Report on sanitation, dispensaries, and jails in Rajputana for 1918, and on vaccination for the year 1918-1919 - 1918-1919
Year: 1918
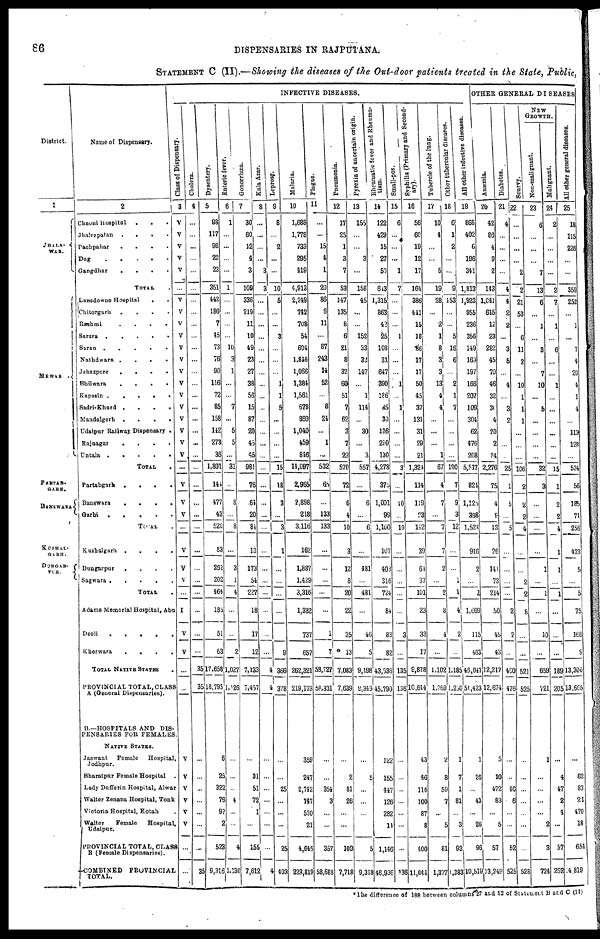
86
DISPENSARIES IN RAJPUTANA.
STATEMENT C (II).—Showing the diseases of the Out-door patients treated in the State, Public,
District.
1
HALA¬
WAR.
MEWAR .
PARTAB¬
GARH.
BANSWARA
KUSHAL¬
GARH.
DUNGAR¬
PUR.
Name of Dispensary.
2
Chaoni Hospital
.
.
.
Jhalrepatan
.
.
.
Pachpahar
.
.
.
.
Dug
.....
Gangdhar
....
TOTAL .
Lansdowne Hospital
. .
Chitorgarh
.
.
.
.
Rsshmi
.
.
.
.
Sarara
Saran
.....
Nathdwara
.
.
.
.
Jehazpore
.
.
.
.
Bhilwara
....
Kapasin
.....
Sadri-Khurd
.
.
.
.
Mandalgarh
.
.
.
.
Udaipur Railway Dispensary .
Rajnagar
....
Untala
.....
TOTAL .
Partabgarh
.
.
.
.
Banswara
.
.
.
.
Garhi
.....
TOTAL .
Kushalgarh
.
.
.
.
Dungarpur
.
.
.
.
Sagwara
.....
TOTAL
Adams Memorial Hospital, Abu
Deoli
.....
Kherwara
.
.
.
.
TOTAL NATIVE STATES
PROVINCIAL TOTAL,CLASS
A (General Dispensaries).
B.—HOSPITALS AND DIS-
PENSARIES FOR FEMALES.
NATIVE STATES.
Jaswant
Female
Hospital,
Jodhpur.
Bharatpur Female Hospital
.
Lady Dufferin Hospital, Alwar
Walter Zenana Hospital, Tonk
Victoria Hospital, Kotah .
Walter
Female
Hospital,
Udaipur.
PROVINCIAL TOTAL, CLASS
B (Female Dispensaries).
COMBINED
PROVINCIAL
TOTAL.
INFECTIVE DISEASES.
Class of Dispensary.
3
V
V
V
V
V
...
V
V
V
V
V
V
V
V
V
V
V
V
V
V
...
V
V
V
...
V
V
V
...
I
V
V
...
...
V
V
V
V
V
V
...
...
Cholera.
4
...
...
...
...
...
...
...
...
...
...
...
...
...
...
...
...
...
...
...
...
...
...
...
...
...
...
...
...
...
...
...
...
35
35
...
...
...
...
...
...
...
35
Dysentery.
5
93
117
98
26
23
351
442
186
7
45
73
76
90
116
72
85
158
142
273
36
1,801
141
477
43
520
83
262
202
464
185
51
63
17,658
18,793
6
25
322
76
92
2
523
9,316
Enteric fever.
6
1
...
...
...
...
1
...
...
...
...
10
3
1
...
...
7
...
5
5
...
31
...
8
...
8
...
3
1
4
...
...
2
1,027
1,026
...
...
...
4
...
...
4
1,130
Gonorrhœa.
7
30
60
12
4
3
109
336
219
11
10
49
23
27
38
56
15
87
20
45
45
981
76
64
20
84
13
173
54
227
18
17
12
7,133
7,457
...
31
51
72
1
...
155
7,612
Kala Azar.
8
...
...
...
...
3
3
...
...
...
...
...
...
...
...
...
...
...
...
...
...
...
...
...
...
...
...
...
...
...
...
...
...
4
4
...
...
...
...
...
...
...
4
Leprosy.
9
8
...
2
...
...
10
5
...
...
3
...
...
...
1
1
5
...
...
...
...
15
18
3
...
3
1
...
...
...
...
...
9
366
378
...
...
25
...
...
...
25
403
Malaria.
10
1,688
1,778
733
295
419
4,913
2,249
742
708
54
694
1,846
1,066
1,384
1,561
678
860
1,040
459
846
14,097
2,965
2,898
218
3,116
162
1,887
1,429
3,316
1,332
737
657
262,321
219,173
359
247
2,742
747
530
21
4,646
223,819
Plague.
11
...
...
15
4
1
20
86
6
11
...
87
243
14
52
...
8
24
...
1
...
532
65
...
133
133
...
...
...
...
...
1
7
58,727
58,331
...
...
354
3
...
...
357
58,689
Pneumonia.
12
17
25
1
3
7
53
147
135
8
6
21
8
32
60
51
7
62
3
7
23
570
72
6
4
10
3
12
8
20
22
35
13
7,083
7,639
...
2
81
26
...
...
109
7,718
Pyrexia of uncertain origin.
13
155
...
...
3
...
158
45
...
...
152
33
32
147
...
1
114
...
30
...
3
557
...
6
...
6
...
481
...
481
...
46
5
9,198
9,343
...
5
...
...
...
...
5
9,348
Rheumatic fever and Rheuma-
tism.
14
122
429
15
27
50
643
1,315
863
42
25
103
31
647
390
186
85
30
126
290
130
4,278
375
1,001
99
1,100
107
403
316
724
84
83
82
43,536
45,790
122
155
447
126
282
11
1,146
46,936
Small-pox.
15
6
...
...
...
1
7
...
...
...
1
...
...
...
1
...
1
...
...
...
...
3
...
10
...
10
...
...
...
...
...
3
...
135
136
...
...
...
...
...
...
...
136
Syphilis (Primary and Second-
ary).
16
56
60
19
12
17
164
386
441
15
18
86
17
17
50
45
37
131
31
29
21
1,324
114
119
23
142
39
64
37
101
23
33
17
9,878
10,644
43
46
116
100
87
8
400
11,044
Tubercle of the lung.
17
10
4
...
5
19
28
...
2
1
8
3
3
13
4
4
...
...
...
1
67
4
7
...
7
7
2
...
2
8
4
...
1,102
1,269
2
8
59
7
...
5
81
1,377
Other tubercular diseases.
18
6
1
2
...
...
9
153
...
...
5
16
6
...
2
1
7
...
...
...
...
190
7
9
3
12
...
...
1
1
4
2
...
1,185
1,280
1
7
1
81
...
3
93
1,383
All other infective diseases.
19
868
402
6
196
341
1,813
1,923
955
236
356
149
169
197
166
207
109
304
62
476
208
5,517
824
1,125
398
1,523
946
2
...
2
1,609
115
463
46,047
51,423
1
26
...
43
...
26
96
10,519
OTHER GENERAL DISEASES
Anæmia.
20
42
86
4
9
2
143
1,041
645
12
23
282
45
70
46
32
30
4
20
2
74
2,276
75
4
9
13
26
141
73
214
50
45
43
12,217
12,674
5
10
472
83
...
5
57
13,249
Diabetes.
21
4
...
...
...
...
4
4
2
2
...
3
5
...
4
...
3
2
...
...
25
1
5
...
5
...
...
...
...
2
2
...
460
476
...
...
46
6
...
...
52
525
Scurvy.
22
...
...
...
...
2
2
21
53
...
6
11
2
...
10
1
1
1
...
...
...
106
2
2
2
4
...
...
2
2
8
...
...
521
525
...
...
...
...
...
...
...
528
NEW
GROWTH.
Non-malignant.
23
6
...
...
...
7
13
6
...
1
...
3
...
7
10
...
5
...
...
...
...
32
3
...
...
...
...
1
...
1
...
10
...
659
721
1
...
...
...
...
2
3
724
Malignant.
24
2
...
...
...
...
2
7
...
1
...
6
...
...
1
...
...
...
...
...
...
15
1
2
2
4
1
1
...
1
...
...
...
189
205
...
4
47
2
4
...
57
262
All other general diseases.
25
18
115
226
...
...
359
252
...
1
...
7
4
20
4
1
4
...
113
128
...
534
56
185
71
256
433
5
...
5
75
166
9
13,306
13,665
...
62
83
21
470
18
654
4,819
*The difference of 188 between columns 27 and 52 of Statement B and C (II)